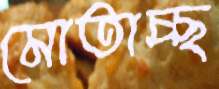
মোতাচ্ছ